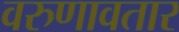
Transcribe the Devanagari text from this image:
वरुणावतार